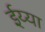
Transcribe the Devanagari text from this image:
ईय्या